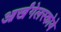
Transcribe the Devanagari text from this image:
आर्खंगेलस्कोये